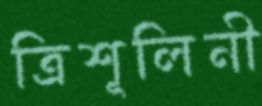
ত্রিশূলিনী